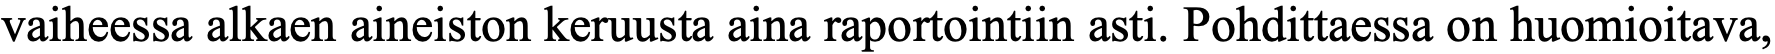
vaiheessa alkaen aineiston keruusta aina raportointiin asti. Pohdittaessa on huomioitava,